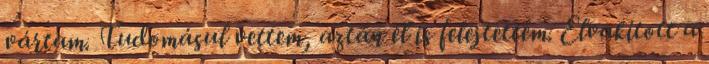
vártam. Tudomásul vettem, aztán el is felejtettem. Elvakított a